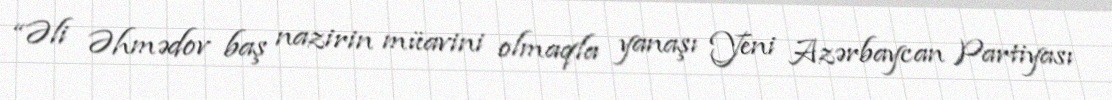
“Əli Əhmədov baş nazirin müavini olmaqla yanaşı Yeni Azərbaycan Partiyası